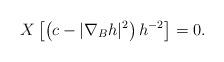
LaTeX: \begin{align*}X\left[\left(c-|\nabla_Bh|^2\right)h^{-2}\right]=0.\end{align*}